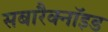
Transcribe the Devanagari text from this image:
सबारैक्नॉइड